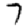
Digit: 7